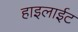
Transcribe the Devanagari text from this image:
हाइलाईट